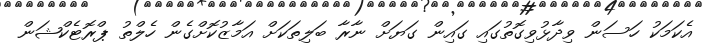
އެކަމަކު ހަސަން ވިދާޅުވިގޮތުގައި ގައިން ގަޔަށް ނާރާ ބަލިތަކަށް އަމާޒުކޮށްގެން ހެލްތު ޕްރޮޓެކްޝަން